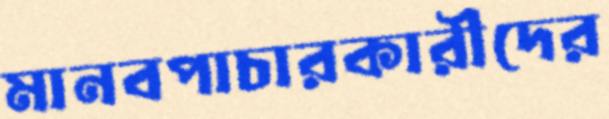
মানবপাচারকারীদের